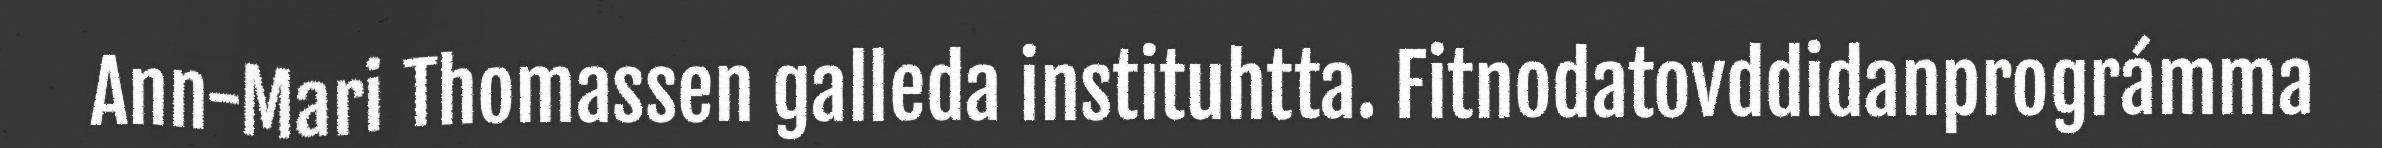
Ann-Mari Thomassen galleda instituhtta. Fitnodatovddidanprográmma